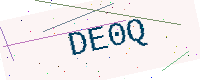
Text: DE0Q